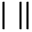
\bigstar \bigstar | \bigstar | |